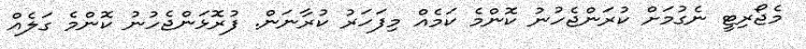
މެޖޯރިޓީ ނެގުމަށް ކުރަންޖެހުނު ކޮންމެ ކަމެއް މިފަހަރު ކުރާނަން. ފުރޮޅަންޖެހުނު ކޮންމެ ގަލެއް